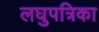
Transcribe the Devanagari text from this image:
लघुपत्रिका